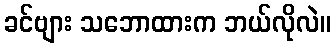
ခင်ဗျား သဘောထားက ဘယ်လိုလဲ။